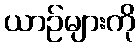
ယာဉ်များကို